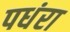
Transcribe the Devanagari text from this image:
पधंरा